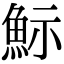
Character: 䱈